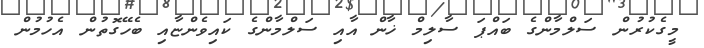
މީގެކުރުން ސަލްމާންގެ ބައްޕަ ސާލިމް ޚާން އާއި ސަލްމާންގެ ކައިވެންޏާއި ބެހޭގޮތުން އެހުމުން